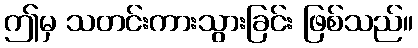
ဤမှ သတင်းကားသွားခြင်း ဖြစ်သည်။